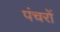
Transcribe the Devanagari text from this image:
पंचरों